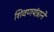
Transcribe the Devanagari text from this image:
शिवणयंत्राने